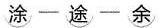
涂-途-余